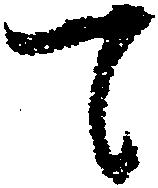
て